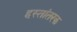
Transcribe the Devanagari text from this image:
हस्तांतरक